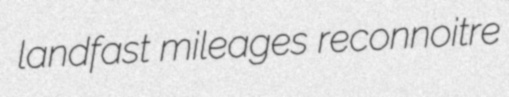
landfast mileages reconnoitre